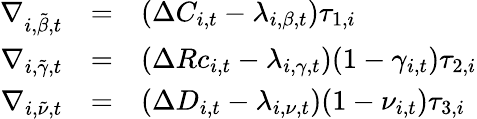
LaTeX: \begin{array}{rcl}{\nabla_{i,\tilde{\beta},t}}&{=}&{\left(\Delta C_{i,t}-\lambda_{i,\beta,t}\right)\tau_{1,i}}\\ {\nabla_{i,\tilde{\gamma},t}}&{=}&{\left(\Delta Rc_{i,t}-\lambda_{i,\gamma,t}\right)(1-\gamma_{i,t})\tau_{2,i}}\\ {\nabla_{i,\tilde{\nu},t}}&{=}&{\left(\Delta D_{i,t}-\lambda_{i,\nu,t}\right)(1-\nu_{i,t})\tau_{3,i}}\end{array}